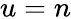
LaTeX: u=n